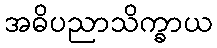
အဓိပညာသိက္ခာယ